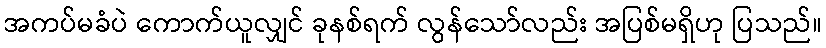
အကပ်မခံပဲ ကောက်ယူလျှင် ခုနစ်ရက် လွန်သော်လည်း အပြစ်မရှိဟု ပြသည်။